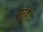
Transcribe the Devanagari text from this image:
तर्रेके